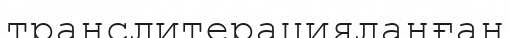
транслитерацияланған